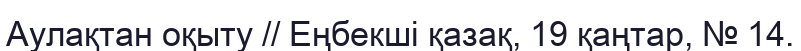
Аулақтан оқыту // Еңбекші қазақ, 19 қаңтар, № 14.